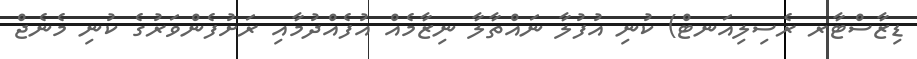
ޑިޒާސްޓާރ ރެސިލިއަނޓް) ކުނި އުފުލާ ނައްތާލާ ނިޒާމެއް އުފެއްދުމާއި ރަށުފެންވަރުގެ ކުނި މެނެޖް